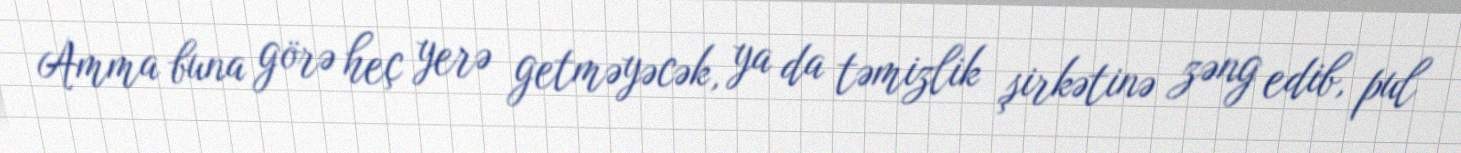
Amma buna görə heç yerə getməyəcək, ya da təmizlik şirkətinə zəng edib, pul